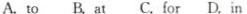
A.to B.at C.for D.in